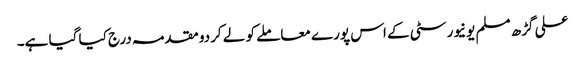
علی گڑھ مسلم یونیورسٹی کے اس پورے معاملے کو لے کردو مقدمہ درج کیا گیا ہے۔